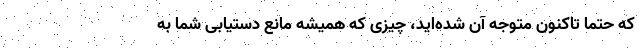
که حتماً تاکنون متوجه آن شده‌اید، چیزی که همیشه مانع دستیابی شما به